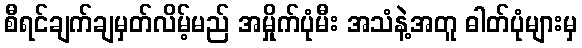
စီရင်ချက်ချမှတ်လိမ့်မည် အမှိုက်ပုံမီး အသံနဲ့အတူ ဓါတ်ပုံများမှ